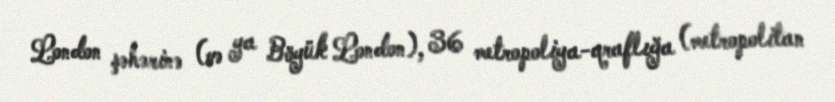
London şəhərinə (və ya Böyük London), 36 metropoliya-qraflığa (metropolitan